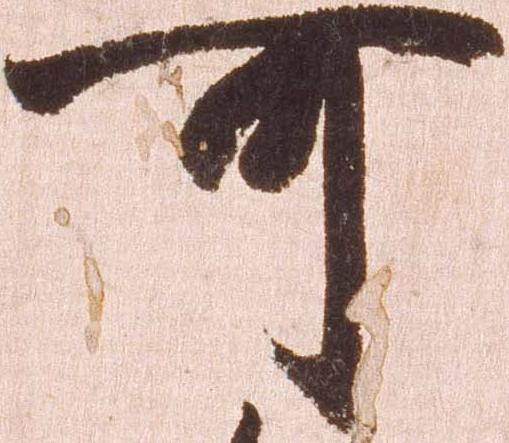
可